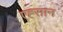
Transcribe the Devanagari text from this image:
एह्सान